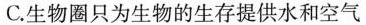
C. 生物圈只为生物的生存提供水和空气